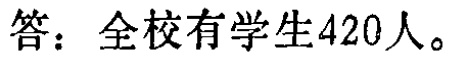
答：全校有学生420人。